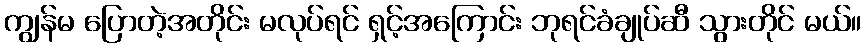
ကျွန်မ ပြောတဲ့အတိုင်း မလုပ်ရင် ရှင့်အကြောင်း ဘုရင်ခံချုပ်ဆီ သွားတိုင် မယ်။